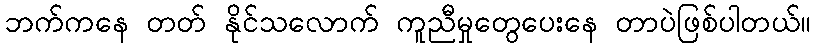
ဘက်ကနေ တတ် နိုင်သလောက် ကူညီမှုတွေပေးနေ တာပဲဖြစ်ပါတယ်။